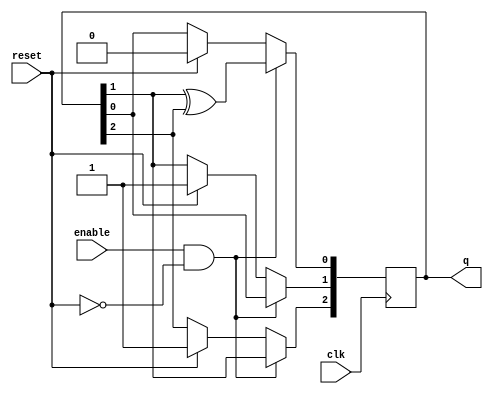
`timescale 1ns / 1ps
module pgen (input clk, enable, reset, output reg [2:0] q);

reg temp;
initial q = 3'b101;

always @ (posedge clk) // start generating when enable = 1 by setting check to 1
begin
	if (enable == 1'b1 && reset == 1'b0)
	begin
	temp = q[1] ^ q[2]; // store it temporarily to later assign without clashing with cache update
	q[2] <= q[1];
	q[1] <= q[0];
	q[0] <= temp;
	end
	else if (reset == 1'b1) q <= 3'b110;
end

//$display("%b %b %b %b %b",a,b,c,d,y);
endmodule